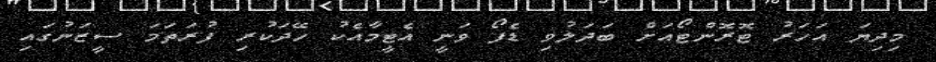
މިދިޔަ އަހަރު ޓޮރޮންޓޯއަށް ބަދަލުވި ޑެފޯ ވަނީ އެޓީމާއެކު ހޭދަކުރި ފުރަތަމަ ސީޒަނުގައި